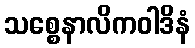
သစ္စေနာလိကဝါဒိနံ